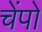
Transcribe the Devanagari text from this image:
चेंपो